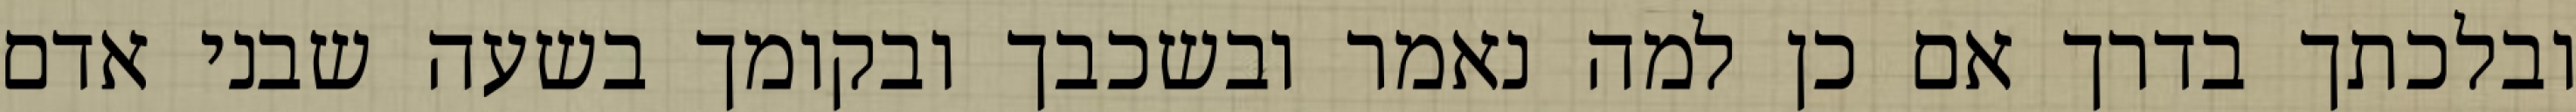
ובלכתך בדרך אם כן למה נאמר ובשכבך ובקומך בשעה שבני אדם